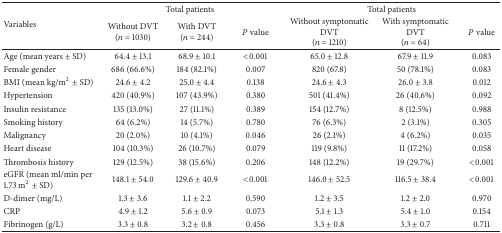
<table><thead><tr><td rowspan="2"><b>Variables</b></td><td colspan="3"><b>Total patients</b></td><td colspan="3"><b>Total patients</b></td></tr><tr><td><b>Without DVT(<i>n</i> = 1030)</b></td><td><b>With DVT(<i>n</i> = 244)</b></td><td><b><i>P</i> value</b></td><td><b>Without symptomatic DVT (<i>n</i> = 1210)</b></td><td><b>With symptomatic DVT(<i>n</i> = 64)</b></td><td><b><i>P</i> value</b></td></tr></thead><tbody><tr><td>Age (mean years ± SD)</td><td>64.4 ± 13.1</td><td>68.9 ± 10.1</td><td>&lt;0.001</td><td>65.0 ± 12.8</td><td>67.9 ± 11.9</td><td>0.083</td></tr><tr><td>Female gender</td><td>686 (66.6%)</td><td>184 (82.1%)</td><td>0.007</td><td>820 (67.8)</td><td>50 (78.1%)</td><td>0.083</td></tr><tr><td>BMI (mean kg/m<sup>2</sup>± SD)</td><td>24.6 ± 4.2</td><td>25.0 ± 4.4</td><td>0.138</td><td>24.6 ± 4.3</td><td>26.0 ± 3.8</td><td>0.012</td></tr><tr><td>Hypertension</td><td>420 (40.9%)</td><td>107 (43.9%)</td><td>0.380</td><td>501 (41.4%)</td><td>26 (40.6%)</td><td>0.092</td></tr><tr><td>Insulin resistance</td><td>135 (13.0%)</td><td>27 (11.1%)</td><td>0.389</td><td>154 (12.7%)</td><td>8 (12.5%)</td><td>0.988</td></tr><tr><td>Smoking history</td><td>64 (6.2%)</td><td>14 (5.7%)</td><td>0.780</td><td>76 (6.3%)</td><td>2 (3.1%)</td><td>0.305</td></tr><tr><td>Malignancy</td><td>20 (2.0%)</td><td>10 (4.1%)</td><td>0.046</td><td>26 (2.1%)</td><td>4 (6.2%)</td><td>0.035</td></tr><tr><td>Heart disease</td><td>104 (10.3%)</td><td>26 (10.7%)</td><td>0.079</td><td>119 (9.8%)</td><td>11 (17.2%)</td><td>0.058</td></tr><tr><td>Thrombosis history</td><td>129 (12.5%)</td><td>38 (15.6%)</td><td>0.206</td><td>148 (12.2%)</td><td>19 (29.7%)</td><td>&lt;0.001</td></tr><tr><td>eGFR (mean ml/min per 1.73 m<sup>2</sup>± SD)</td><td>148.1 ± 54.0</td><td>129.6 ± 40.9</td><td>&lt;0.001</td><td>146.0 ± 52.5</td><td>116.5 ± 38.4</td><td>&lt;0.001</td></tr><tr><td>D-dimer (mg/L)</td><td>1.3 ± 3.6</td><td>1.1 ± 2.2</td><td>0.590</td><td>1.2 ± 3.5</td><td>1.2 ± 2.0</td><td>0.970</td></tr><tr><td>CRP</td><td>4.9 ± 1.2</td><td>5.6 ± 0.9</td><td>0.073</td><td>5.1 ± 1.3</td><td>5.4 ± 1.0</td><td>0.154</td></tr><tr><td>Fibrinogen (g/L)</td><td>3.3 ± 0.8</td><td>3.2 ± 0.8</td><td>0.456</td><td>3.3 ± 0.8</td><td>3.3 ± 0.7</td><td>0.711</td></tr></tbody></table>